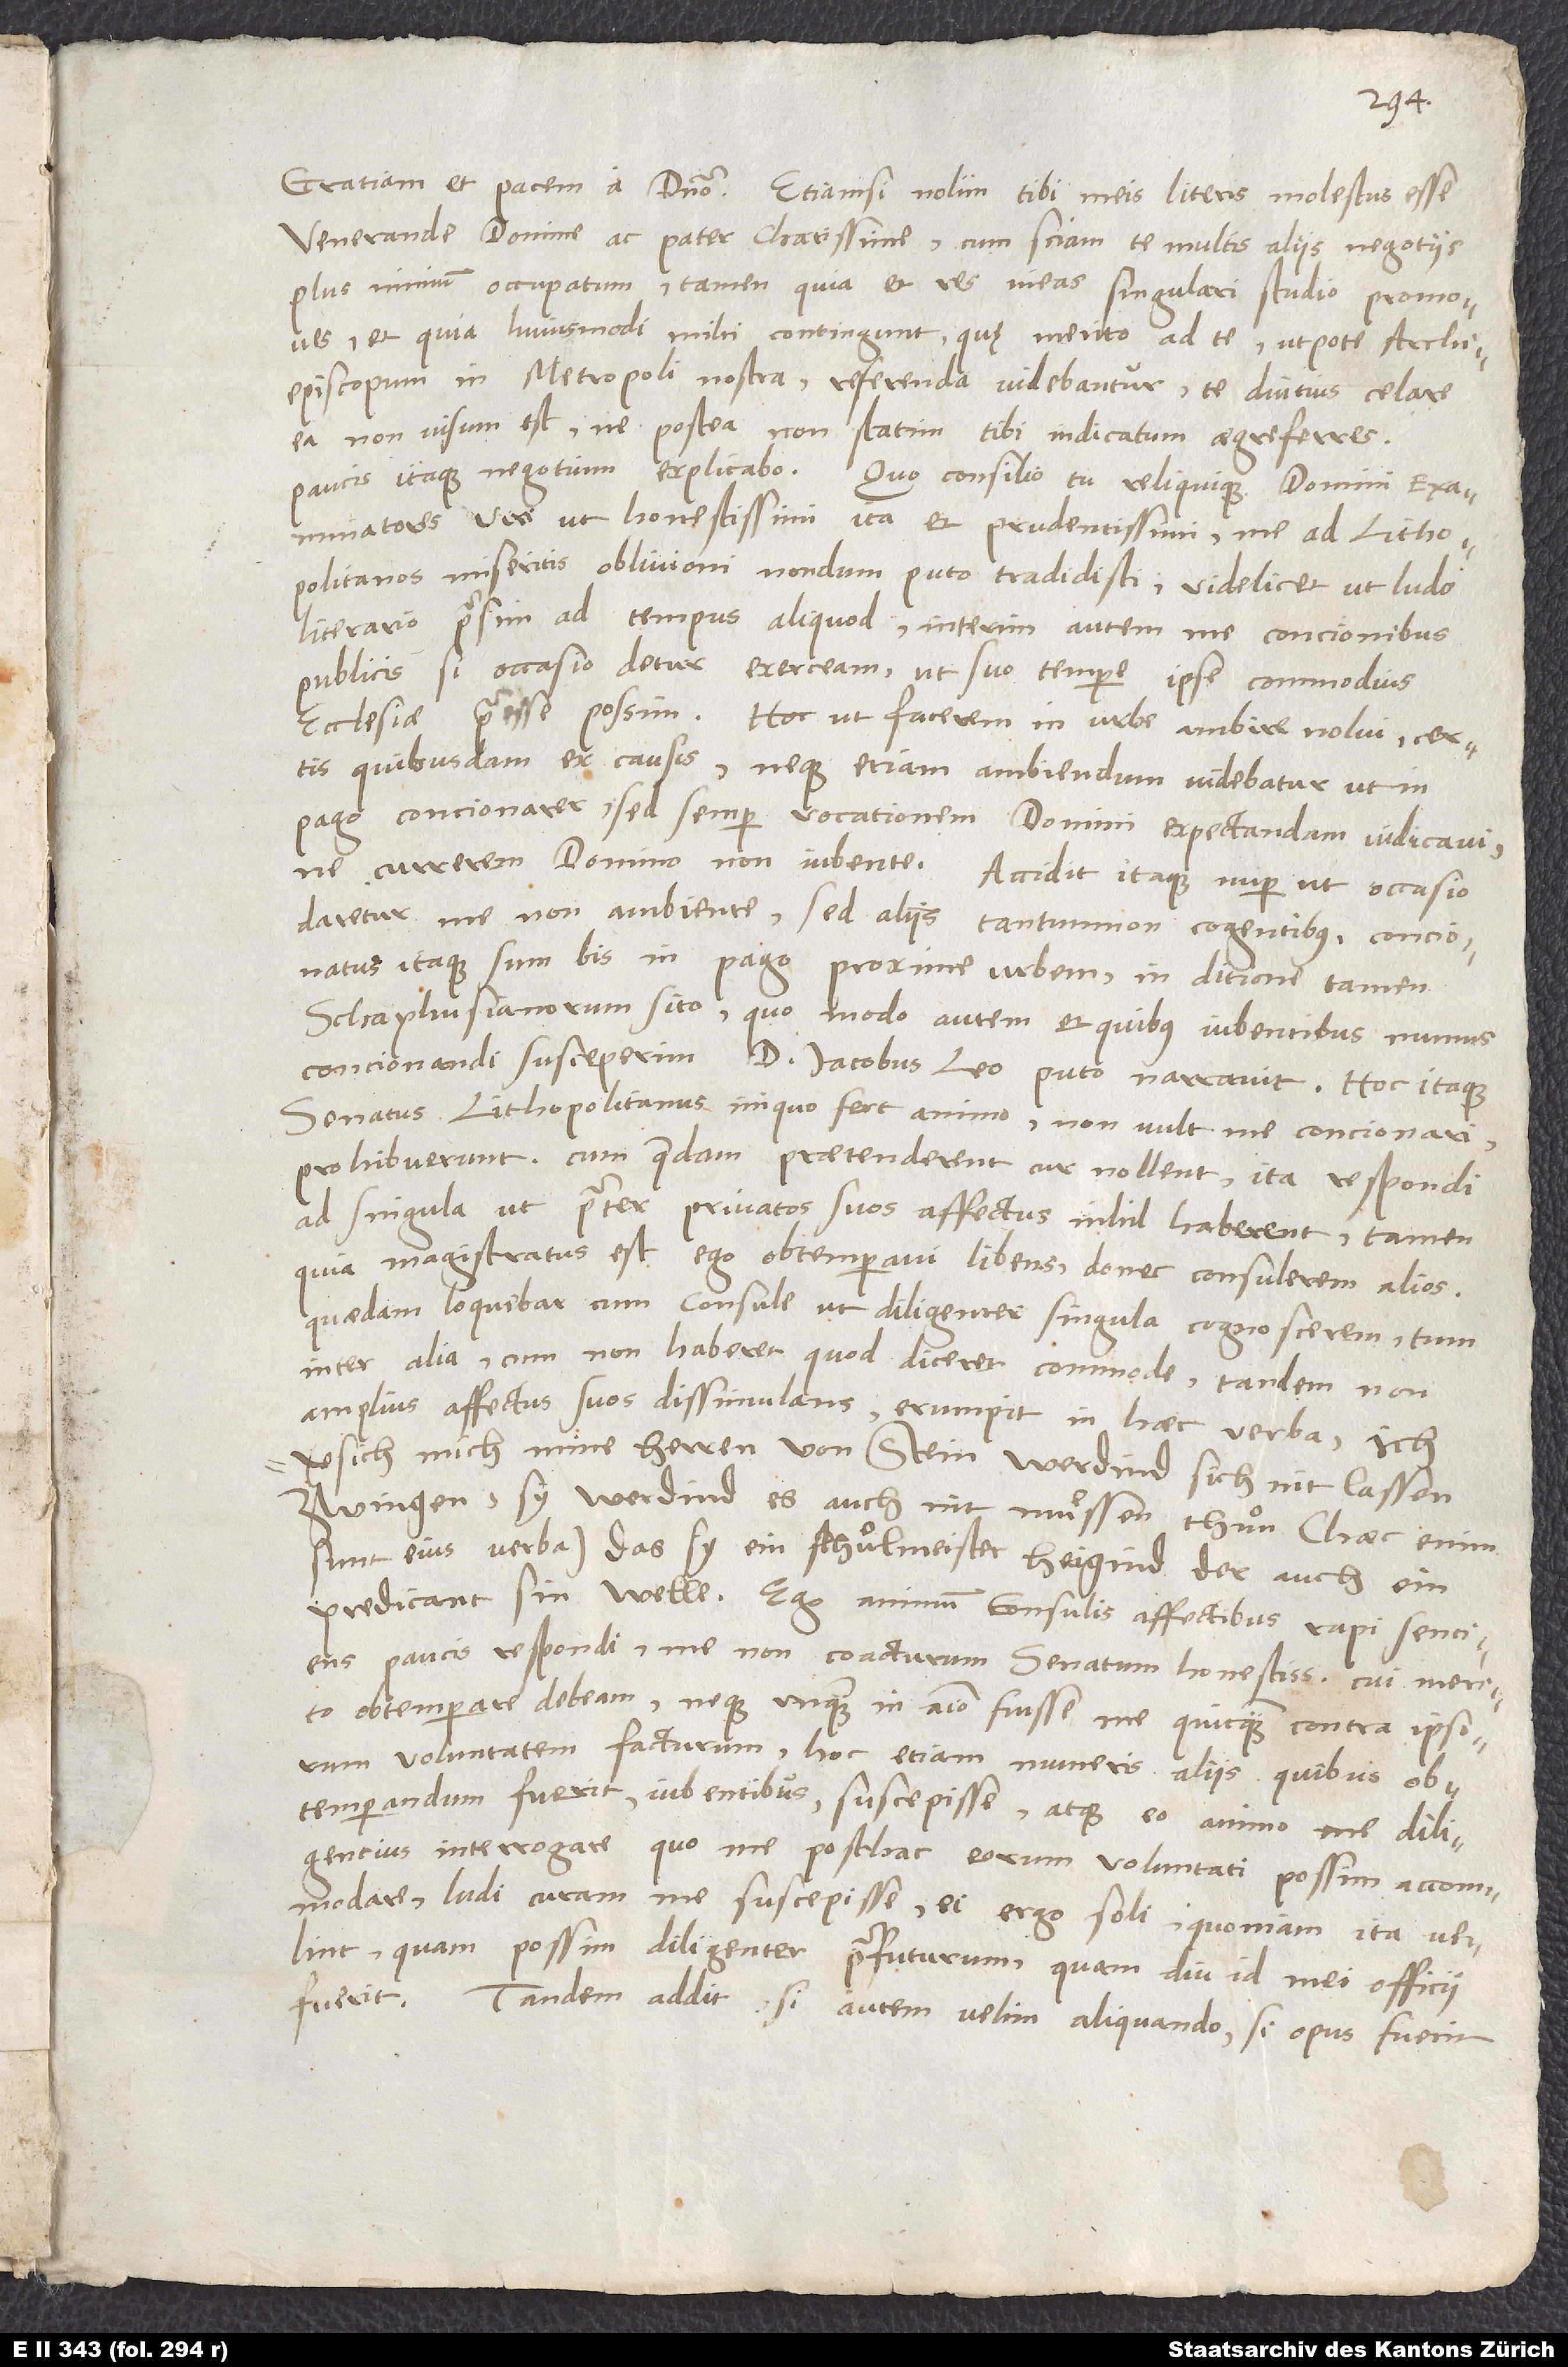
Gratiam et pacem a domino. Etiamsi nolim tibi meis literis molestus esse,
venerande domine ac pater charissime, cum sciam te multis aliis negotiis
plus nimium occupatum, tamen, quia et res meas singulari studio promoves
et quia huiusmodi mihi contingunt, quę merito ad te, utpote archiepiscopum
in metropoli nostra, referenda videbantur, te diutius celare
ea non visum est, ne postea non statim tibi indicatum aegre ferres.
Paucis itaque negotium explicabo: Quo consilio tu reliquique domini examinatores,
viri ut honestissimi ita et prudentissimi, me ad Lithopolitanos
miseritis, oblivioni nondum puto tradidisti, videlicet ut ludo
literario praesim ad tempus aliquod, interim autem me concionibus
publicis, si occasio detur, exerceam, ut suo tempore ipse commodius
ecclesiae praeesse possim. Hoc ut facerem, in urbe ambire nolui certis
quibusdam ex causis, neque etiam ambiendum videbatur, ut in
pago concionarer, sed semper vocationem domini expectandam iudicavi,
ne currerem domino non iubente. Accidit itaque nuper, ut occasio
daretur me non ambiente, sed aliis tantum non cogentibus; concionatus
itaque sum bis in pago proxime urbem, in ditione tamen
Schaphusianorum sito. Quo modo autem et quibus iubentibus munus
concionandi susceperim, d. Iacobus Leo, puto, narravit. Hoc itaque
senatus Lithopolitanus iniquo fert animo, non vult me concionari;
prohibuerunt. Cum quaedam praetenderent, cur nollent, ita respondi
ad singula, ut praeter privatos suos affectus nihil haberent. Tamen,
quia magistratus est, ego obtemperavi libens, donec consulerem alios.
Quaedam loquebar cum consule, ut diligenter singula cognoscerem. Tum
inter alia, cum non haberet, quod diceret commode, tandem non
amplius affectus suos dissimulans erumpit in haec verba: „Ich
versich mich, mine herren von Stein werdind sich nit lassen
zwingen, sy werdind es auch nit muͤssen thuͦn“ , „das sy
predicant sin welle.“ Ego animum consulis affectibus rapi sentiens
paucis respondi me non coacturum senatum honestissimum, cui merito
obtemperare debeam, neque unquam in animo fuisse me quicquam contra ipsorum
voluntatem facturum, hoc etiam muneris aliis, quibus
obtemperandum fuerit, iubentibus suscepisse atque eo animo me diligentius
interrogare, quo me posthac eorum voluntati possim accommodare;
ludi curam me suscepisse, ei ergo soli, quoniam ita velint,
quam possim diligenter praefuturum, quam diu id mei officii
fuerit. Tandem addit, si autem velim aliquando, si opus fuerit,